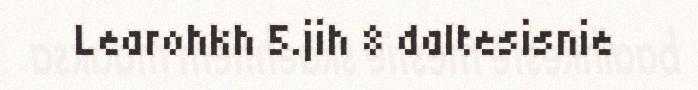
Learohkh 5.jih 8 daltesisnie